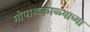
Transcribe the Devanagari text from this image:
गोपाळकाळ्याच्या